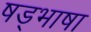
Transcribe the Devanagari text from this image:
षड्भाषा